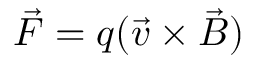
{ \vec { F } } = q ( { \vec { v } } \times { \vec { B } } )